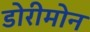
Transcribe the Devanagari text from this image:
डोरीमोन